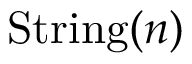
{ \mathrm { S t r i n g } } ( n )